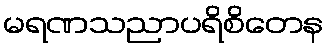
မရဏသညာပရိစိတေန